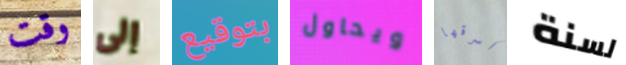
وقت إلى بتوقيع ويحاول أسرقها لسنة